Vaccine operations Central Provinces 1886-1899 - 1886-1899
Year: 1886
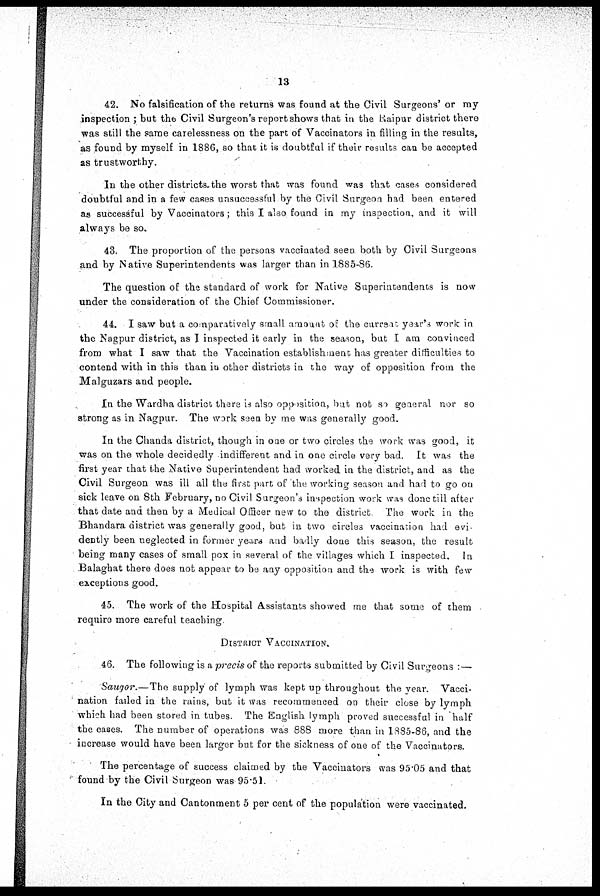
13
42. No falsification of the returns was found at the Civil Surgeons' or my
inspection ; but the Civil Surgeon's report shows that in the Raipur district there
was still the same carelessness on the part of Vaccinators in filling in the results,
as found by myself in 1886, so that it is doubtful if their results can be accepted
as trustworthy.
In the other districts the worst that was found was that cases considered
doubtful and in a few cases unsuccessful by the Civil Surgeon had been entered
as successful by Vaccinators; this I also found in my inspection, and it will
always be so.
43. The proportion of the persons vaccinated seen both by Civil Surgeons
and by Native Superintendents was larger than in 1885-86.
The question of the standard of work for Native Superintendents is now
under the consideration of the Chief Commissioner.
44. I saw but a comparatively small amount of the current year's work in
the Nagpur district, as I inspected it early in the season, but I am convinced
from what I saw that the Vaccination establishment has greater difficulties to
contend with in this than in other districts in the way of opposition from the
Malguzars and people.
In the Wardha district there is also opposition, but not so general nor so
strong as in Nagpur. The work seen by me was generally good.
In the Chanda district, though in one or two circles the work was good, it
was on the whole decidedly indifferent and in one circle very bad. It was the
first year that the Native Superintendent had worked in the district, and as the
Civil Surgeon was ill all the first part of the working season and had to go on
sick leave on 8th February, no Civil Surgeon's inspection work was done till after
that date and then by a Medical Officer new to the district
The work in the
Bhandara district was generally good, but in two circles vaccination had evi-
dently been neglected in former years and badly done this season, the result
being many cases of small pox in several of the villages which I inspected. In
Balaghat there does not appear to be any opposition and the work is with few
exceptions good.
45. The work of the Hospital Assistants showed me that some of them
require more careful teaching
DISTRICT VACCINATION.
46. The following is a precis of the reports submitted by Civil Surgeons :—
Saugor.—The supply of lymph was kept up throughout the year. Vacci-
nation failed in the rains, but it was recommenced on their close by lymph
which had been stored in tubes. The English lymph proved successful in half
the cases. The number of operations was 888 more than in 1885-86, and the
increase would have been larger but for the sickness of one of the Vaccinators.
The percentage of success claimed by the Vaccinators was 95.05 and that
found by the Civil Surgeon was 95.51.
In the City and Cantonment 5 per cent of the population were vaccinated.